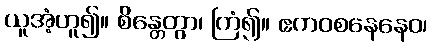
ယူအံ့ဟူ၍။ စိန္တေတွာ၊ ကြံ၍။ ဧကဝစနေနေဝ၊